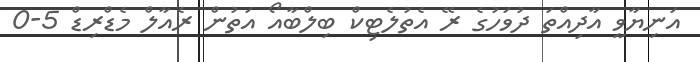
އަނިޔާވީ އާދިއްތަ ދުވަހުގެ ރޭ އެތުލެޓިކް ބިލްބާއޯ އަތުން ރެއާލް މެޑްރިޑް 5-0